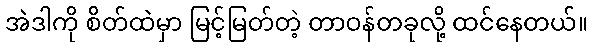
အဲဒါကို စိတ်ထဲမှာ မြင့်မြတ်တဲ့ တာဝန်တခုလို့ ထင်နေတယ်။